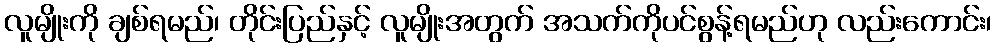
လူမျိုးကို ချစ်ရမည်၊ တိုင်းပြည်နှင့် လူမျိုးအတွက် အသက်ကိုပင်စွန့်ရမည်ဟု လည်းကောင်း၊